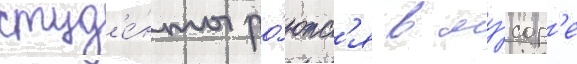
студ'е́нты ро́ютс'я в му́сор'е